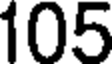
105